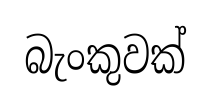
බැංකුවක්